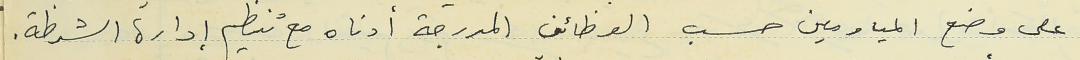
على وضع المياومين حسب الوظائف المدرجة أدناه مع تنظيم إدارة الشرطة.